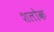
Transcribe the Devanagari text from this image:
शलोक